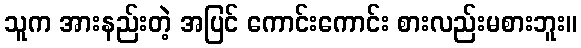
သူက အားနည်းတဲ့ အပြင် ကောင်းကောင်း စားလည်းမစားဘူး။